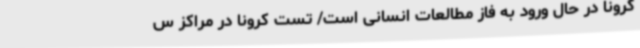
کرونا در حال ورود به فاز مطالعات انسانی است/ تست کرونا در مراکز س